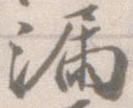
漏